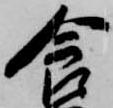
食